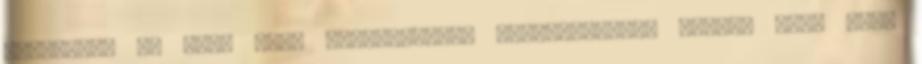
számított öt évig tart Üzemeltetési kötelezettség végéig fent kell